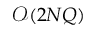
\mathcal { O } ( 2 N Q )